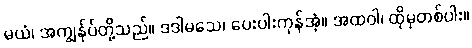
မယံ၊ အကျွန်ုပ်တို့သည်။ ဒဒါမသေ၊ ပေးပါးကုန်အံ့။ အထဝါ၊ ထိုမှတစ်ပါး။